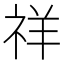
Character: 祥